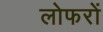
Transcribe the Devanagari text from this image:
लोफरों